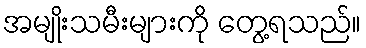
အမျိုးသမီးများကို တွေ့ရသည်။